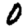
Digit: 0